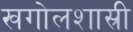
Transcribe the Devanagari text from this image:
खगोलशास्री